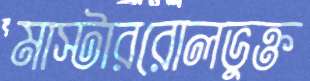
মাস্টাররোলভুক্ত